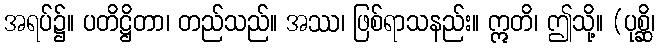
အရပ်၌။ ပတိဋ္ဌိတာ၊ တည်သည်။ အဿ၊ ဖြစ်ရာသနည်း။ ဣတိ၊ ဤသို့။ (ပုစ္ဆိ၊